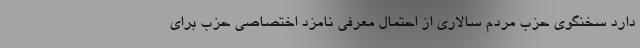
دارد سخنگوی حزب مردم سالاری از احتمال معرفی نامزد اختصاصی حزب برای